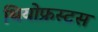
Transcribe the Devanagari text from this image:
थियोफ्रस्टस